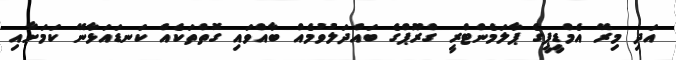
އަދި މިރޭ އެމްޑީޕީގެ ޕާލަމެންޓްރީ ގްރޫޕްގެ ބައްދަލުވުމެއް ބާއްވައި ގޮތްތަކެއް ކަނޑައަޅާނޭ ކަމަށާއި